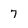
Character: 7